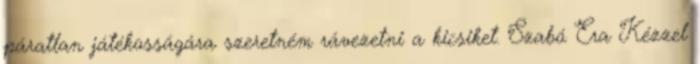
páratlan játékosságára szeretném rávezetni a kicsiket. Szabó Era Kézzel